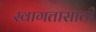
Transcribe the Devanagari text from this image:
स्वागतासाठीं